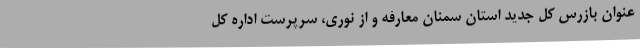
عنوان بازرس کل جدید استان سمنان معارفه و از نوری، سرپرست اداره کل